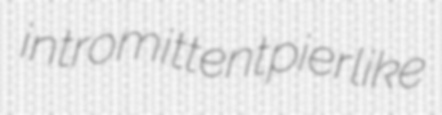
intromittent pierlike